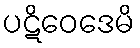
ပဋိဝေဒေမိ